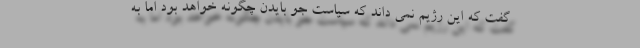
گفت که این رژیم نمی داند که سیاست جو بایدن چگونه خواهد بود اما به